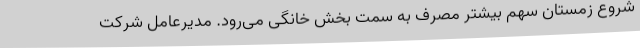
شروع زمستان سهم بیشتر مصرف به سمت بخش خانگی می‌رود. مدیرعامل شرکت